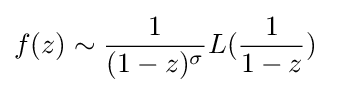
f(z)\sim {\frac {1}{(1-z)^{\sigma }}}L({\frac {1}{1-z}})\quad